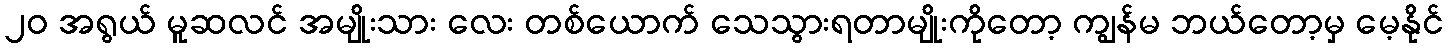
၂၀ အရွယ် မူဆလင် အမျိုးသား လေး တစ်ယောက် သေသွားရတာမျိုးကိုတော့ ကျွန်မ ဘယ်တော့မှ မေ့နိုင်